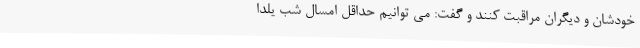
خودشان و دیگران مراقبت کنند و گفت: می توانیم حداقل امسال شب یلدا